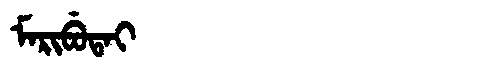
Manchu: ᠮᠠᡵᡳᠪᡠᡨᠠᡳ
Romanization: MARIBUTAI